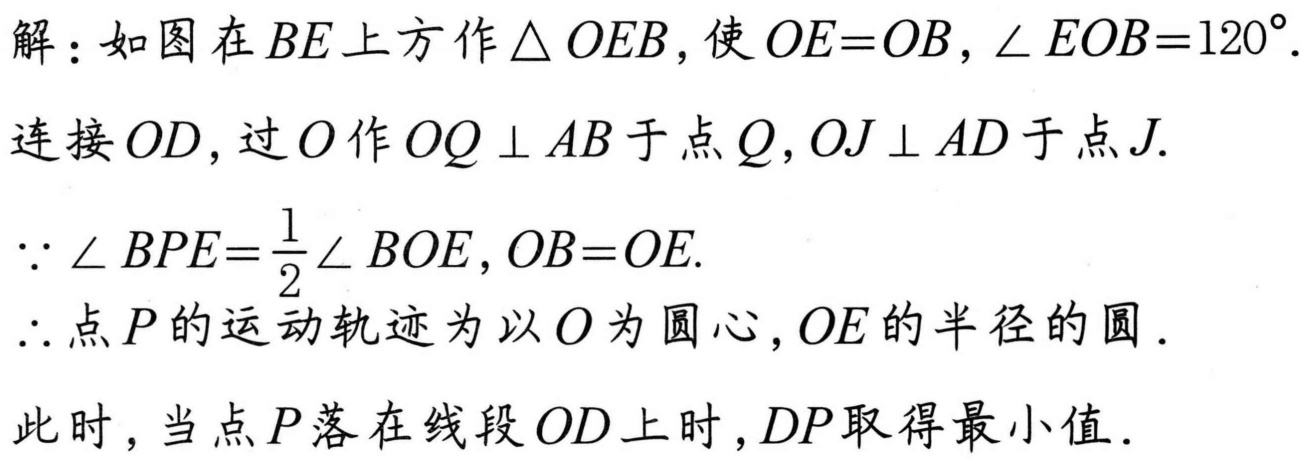
解：如图在 \(BE\) 上方作 \(\triangle OEB\)，使 \(OE = OB\)，\(\angle EOB = 120^{\circ}\).
连接 \(OD\)，过 \(O\) 作 \(OQ\perp AB\) 于点 \(Q\)，\(OJ\perp AD\) 于点 \(J\).
\(\because\angle BPE=\frac{1}{2}\angle BOE\)，\(OB = OE\).
\(\therefore\) 点 \(P\) 的运动轨迹为以 \(O\) 为圆心，\(OE\) 的半径的圆．
此时，当点 \(P\) 落在线段 \(OD\) 上时，\(DP\) 取得最小值．